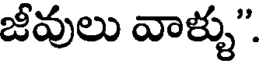
జీవులు వాళ్ళు".